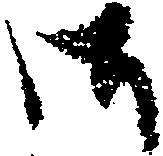
御